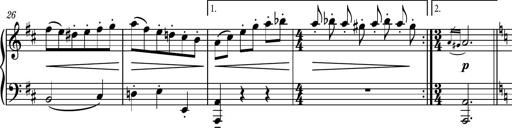
Title: Piano Sonatina No.4
Composer: Dimitri Sykias
Key: D major